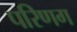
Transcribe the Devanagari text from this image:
परिणग